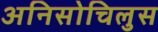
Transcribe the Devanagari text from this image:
अनिसोचिलुस